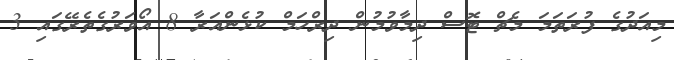
މިއަދުގެ ފުރަތަމަ މެޗް ޓޮސް ދިމާވުމުން ދިރްހަމް ކުޅެންއަރާ 8 އޯވަރުގެތެރޭގައި 3